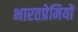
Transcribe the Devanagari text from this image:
भारतप्रेमियों